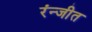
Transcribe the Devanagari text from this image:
रंन्जीत